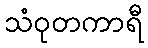
သံဝုတကာရီ